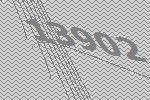
13902